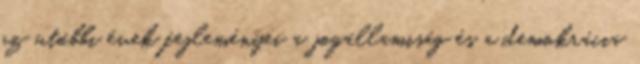
az utóbbi évek fejleményei a jogállamiság és a demokrácia